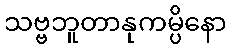
သဗ္ဗဘူတာနုကမ္ပိနော